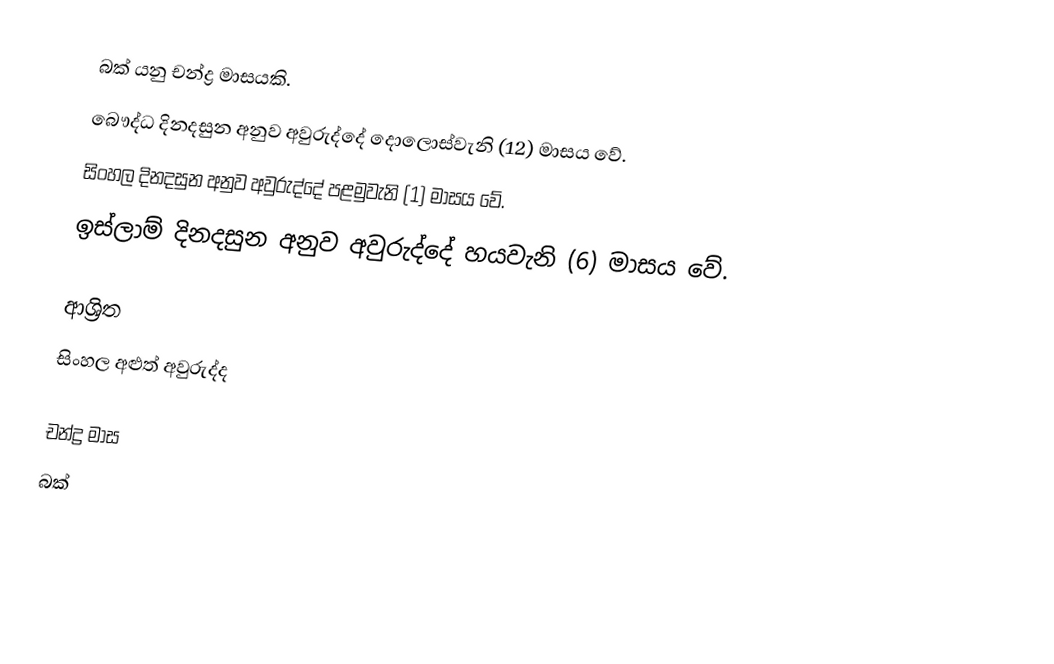
බක් යනු චන්ද්‍ර මාසයකි.
 බෞද්ධ දිනදසුන අනුව අවුරුද්දේ දොලොස්වැනි (12) මාසය වේ.
 සිංහල දිනදසුන අනුව අවුරුද්දේ පළමුවැනි (1) මාසය වේ.
 ඉස්ලාම් දිනදසුන අනුව අවුරුද්දේ හයවැනි (6) මාසය වේ.

ආශ්‍රිත
 සිංහල අළුත් අවුරුද්ද

චන්ද්‍ර මාස
බක්